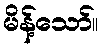
မိန့်သော်။